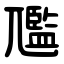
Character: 尶